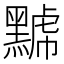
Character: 𪑷